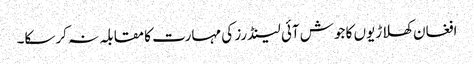
افغان کھلاڑیوں کا جوش آئی لینڈرز کی مہارت کا مقابلہ نہ کرسکا۔